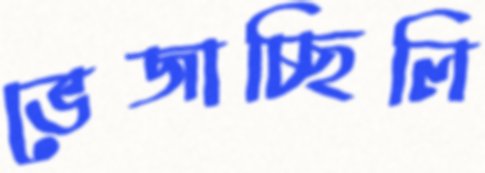
ভেজাচ্ছিলি